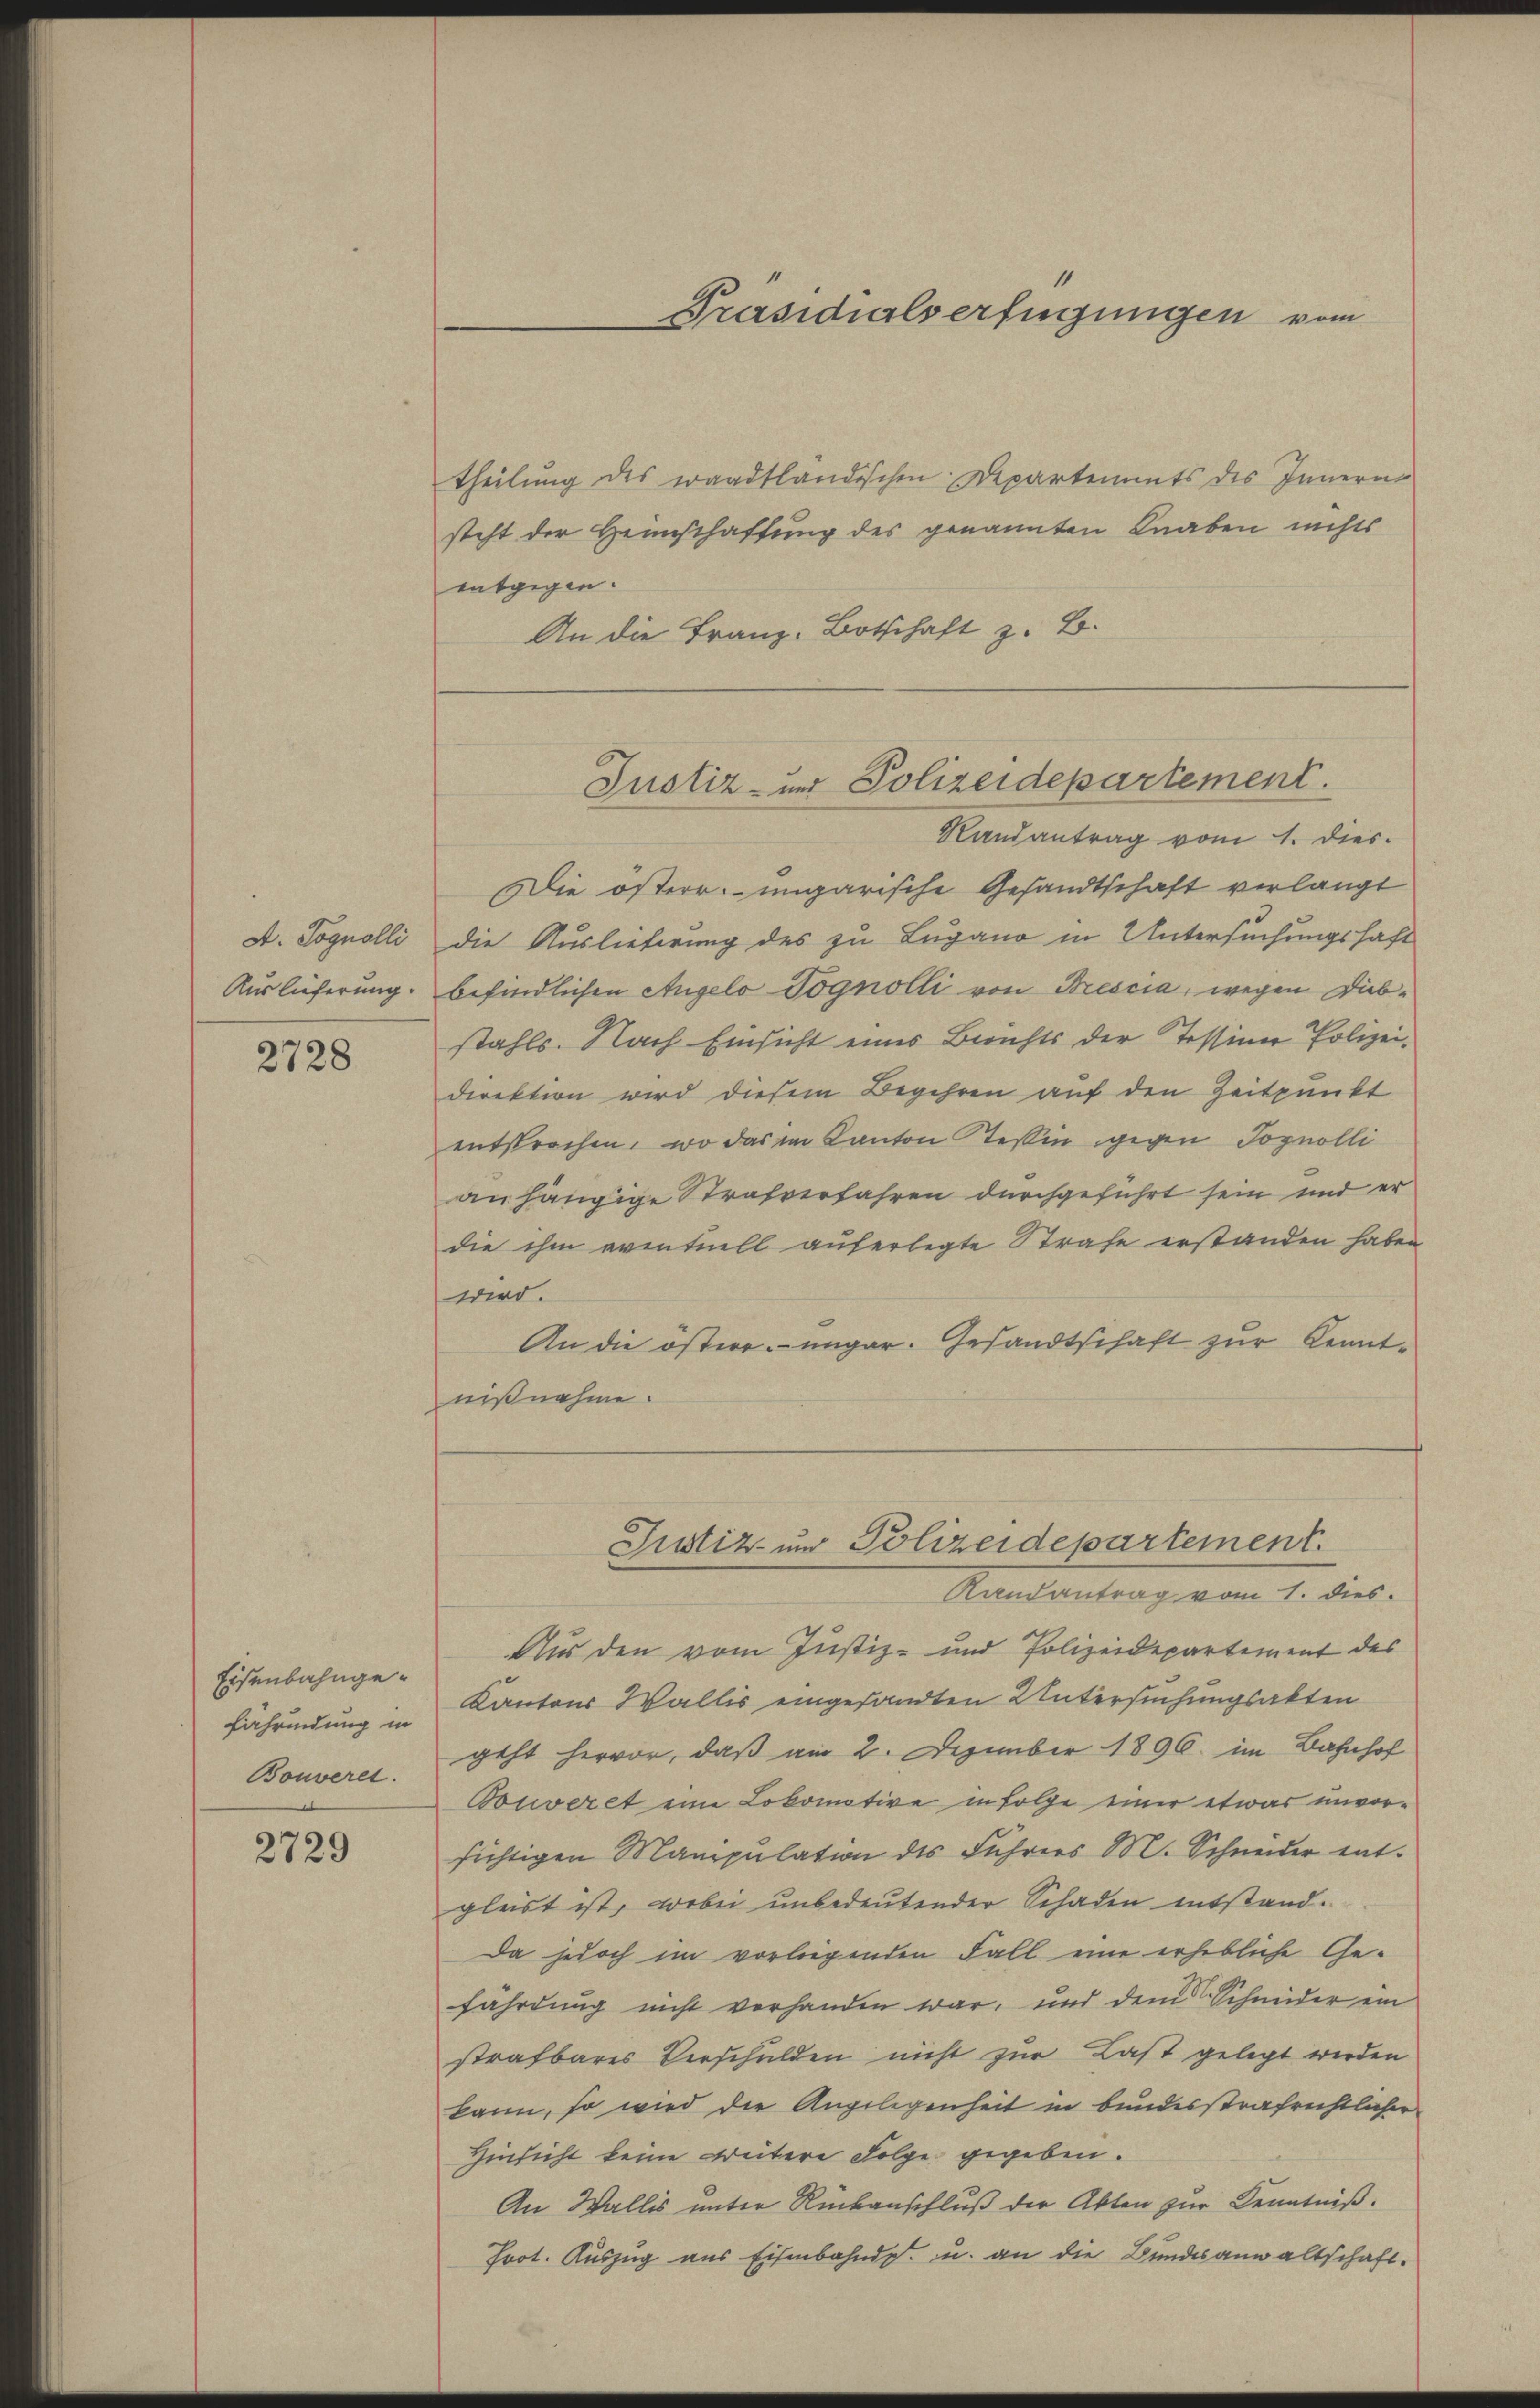
A. Pognolli
Auslieferung.

2728

theilung des waadtländischen Departements des Innern
steht der Heinschaftung des genannten Knaben nichts
entgegen.
An die Franz-Botschaft z. B.

Eisenbahnge¬
Eahrindung in
Bouveret.

2729

Präsidialverfügungen vom

Justiz- und Polizeidepartement.

Randantrag vom 1. dies
Die österr.-ungarische Gesandtschaft verlangt
die Auslieferung des zu Lugano in Untersuchungshaft
befindlichen Angelo Dognolli von Brescia, wegen Diebstahls. Nach Einsicht eines Berichts der Tessiner Polizeidirektion wird diesem Begehren auf den Zeitpunkt
entsprochen, wo das im Kanton Tessin gegen Jognolli
anhängige Strafverfahren durchgeführt sein und er
die ihm eventuell auferlegte Strafe erstanden haben
wird.
An die östere ungar. Gesandtschaft zur Kenntnißnahme.

Justiz- und Polizeidepartement.
Randantrag vom 1. dies

Aus den vom Justiz- und Polizeidepartement des
Kantons Wallis eingesandten Untersuchungsakten
geht hervor, daß am 2. Dezember 1896. im Bahnhof
Touveret eine Lokomotive in Folge einer etwas unvorsichtigen Manipulation des Fuhres M. Schneider entgleist ist, wobei unbedeutender Schaden entstand¬
Da jedoch im vorliegenden Fall eine erhebliche Gefährdung nicht verhanden war, und dem Schneider ein
strafbares Verschulden nicht zur Last gelegt werden
kann, so wird die Angelegenheit in bundesstrafrichtlicher
Hinsicht keine weitere Folge gegeben.
An Wallis unter Rückanschluß der Abten zur Kenntniß.
Frot. Auszug aus Eisenbahnde. u. an die Bundesanwaltschaft.